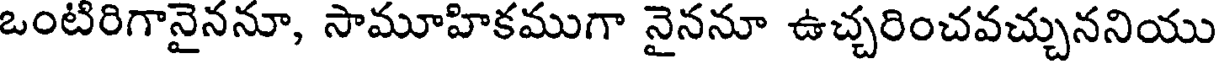
ఒంటిరిగానైననూ, సామూహికముగా నైననూ ఉచ్చరించవచ్చుననియు